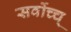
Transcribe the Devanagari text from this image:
सर्वोच्च्